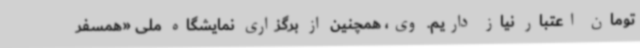
تومان اعتبار نیاز داریم. وی، همچنین از برگزاری نمایشگاه ملی «همسفر